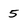
Character: 5